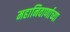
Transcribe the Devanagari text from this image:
महानिवार्णाच्या